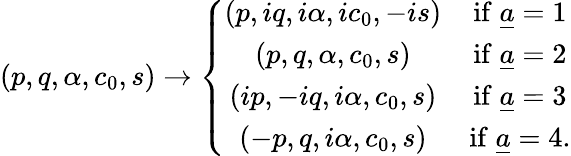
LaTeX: (p,q,\alpha,c_{0},s)\to\left\{ \begin{array}{cc}{{(p,iq,i\alpha,ic_{0},-is)}}&{{\mathrm{if}\; {\underline{{a}}}=1}}\\ {{(p,q,\alpha,c_{0},s)}}&{{\mathrm{if}\; {\underline{{a}}}=2}}\\ {{(ip,-iq,i\alpha,c_{0},s)}}&{{\mathrm{if}\; {\underline{{a}}}=3}}\\ {{(-p,q,i\alpha,c_{0},s)}}&{{\mathrm{if}\; {\underline{{a}}}=4.}}\end{array}\right.